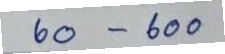
60 - 600